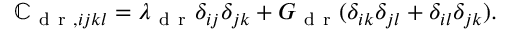
\mathbb { C } _ { \mathrm { ~ d ~ r ~ } , i j k l } = \lambda _ { \mathrm { ~ d ~ r ~ } } \delta _ { i j } \delta _ { j k } + G _ { \mathrm { ~ d ~ r ~ } } ( \delta _ { i k } \delta _ { j l } + \delta _ { i l } \delta _ { j k } ) .